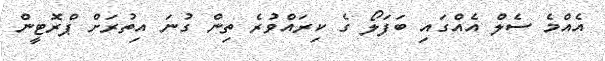
އެއްމެ ސެލް އެއްގައި ބަފަލޯ ގެ ކިރައްވުރެ ތިން ގުނަ އިތުރަށް ޕްރޮޓީން